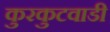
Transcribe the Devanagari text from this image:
कुरकुटवाडी